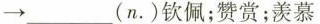
→ ___ (n.)钦佩；赞赏；羡慕